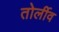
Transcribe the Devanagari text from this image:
तोर्लीव